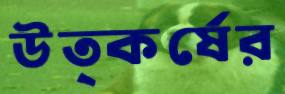
উত্কর্ষের